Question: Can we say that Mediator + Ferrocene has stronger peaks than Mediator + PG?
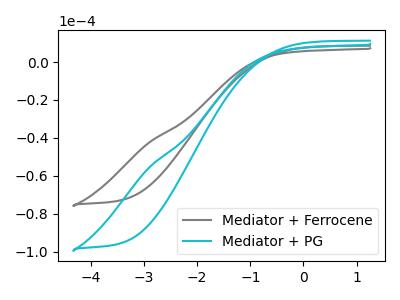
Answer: <think>The gray curve "Mediator + Ferrocene" has no peaks. The cyan curve "Mediator + PG" has no peaks.</think>
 <answer>Niether CV has any peaks.</answer>
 <eval>blanks</eval>